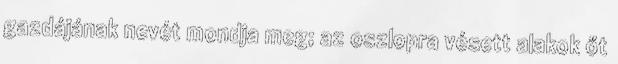
gazdájának nevét mondja meg; az oszlopra vésett alakok őt